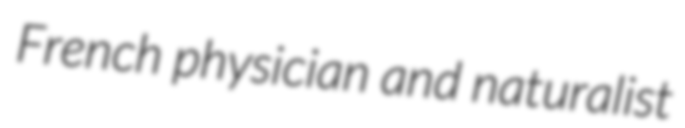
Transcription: French physician and naturalist